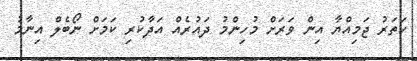
ހަތަރު ޖަމިއްޔާ އިން ވަރަށް މުހިންމު ދައުރެއް އަދާކުރި ކަމަށް ނޯބެލް އިނާމު